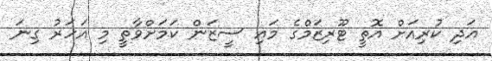
އަދި ކުރިއަށް އޮތީ ޓޫރިޒަމްގެ މައި ސީޒަން ކަމަށްވާތީ މި އަހަރު ގިނަ